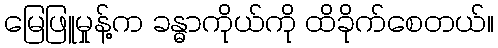
မြေဖြူမှုန့်က ခန္ဓာကိုယ်ကို ထိခိုက်စေတယ်။